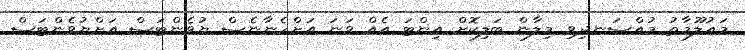
މައުލޫމާތު މުއްސަނދިވި މިލާން ބަލިކޮށް އިންޓަ އެއް ވަނަ އަށްހެނާނެސް ޔުވެންޓަސް އަށްޔުވެންޓަސް